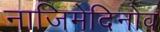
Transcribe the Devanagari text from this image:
नाजिमेदिनोव